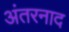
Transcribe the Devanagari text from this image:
अंतरनाद